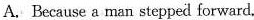
A.Because a man stepped forward.